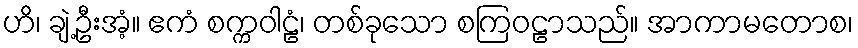
ဟိ၊ ချဲ့ဦးအံ့။ ဧကံ စက္ကဝါဠံ၊ တစ်ခုသော စကြဝဠာသည်။ အာကာမတောစ၊